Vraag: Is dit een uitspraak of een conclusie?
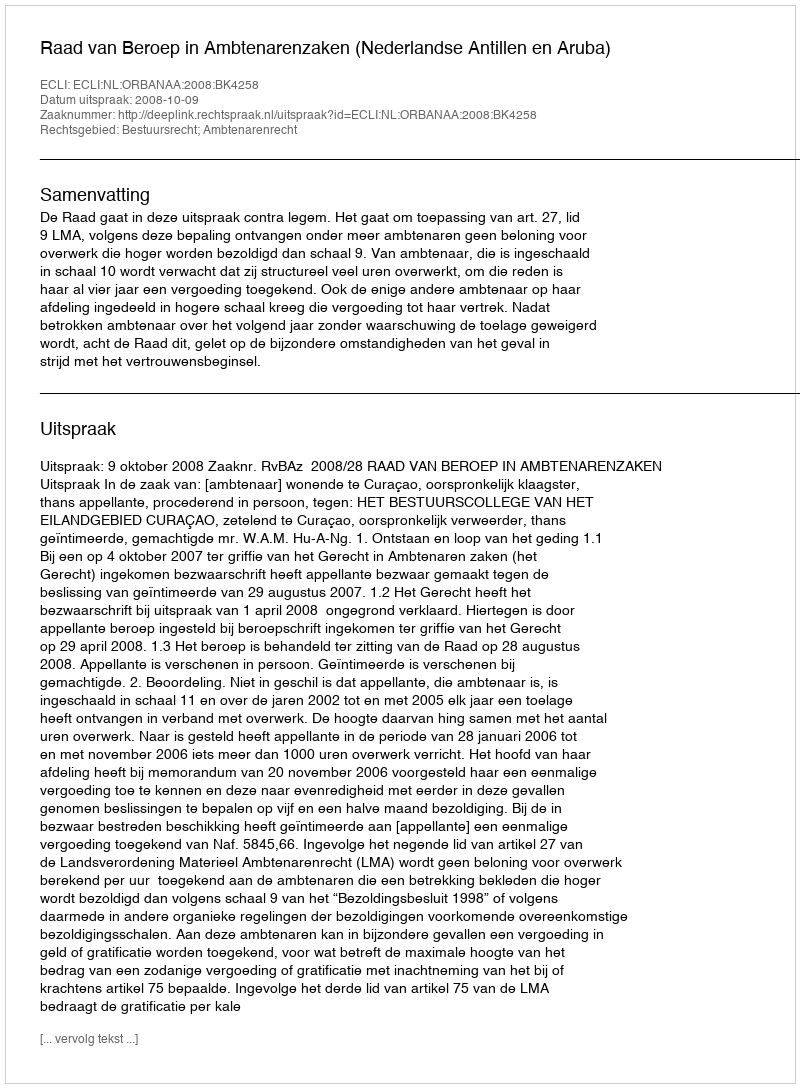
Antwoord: Uitspraak